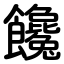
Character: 饞